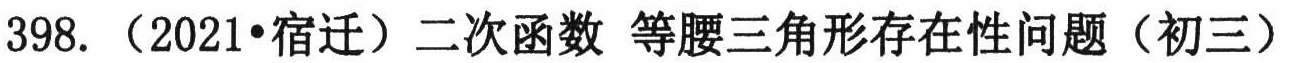
398. （2021•宿迁）二次函数 等腰三角形存在性问题（初三）